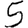
Digit: 5